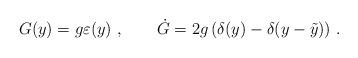
LaTeX: \begin{align*}G(y) = g \varepsilon (y)\ , \qquad \dot G = 2g\left( \delta (y)-\delta (y-\tilde y )\right)\,.\end{align*}